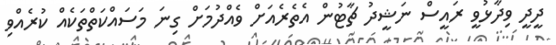
ދީދީ ވިދާޅުވީ ރައީސް ނަޝީދު ޗާޓުން އެތެރެއަށް ވެއްދުމަށް ގިނަ މަސައްކަތްތަކެއް ކުރެއްވި